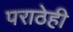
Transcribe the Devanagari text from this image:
पराठेही